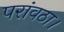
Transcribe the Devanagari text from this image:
परांवठा।